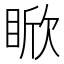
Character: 𪾯